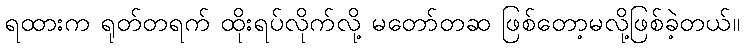
ရထားက ရုတ်တရက် ထိုးရပ်လိုက်လို့ မတော်တဆ ဖြစ်တော့မလို့ဖြစ်ခဲ့တယ်။